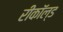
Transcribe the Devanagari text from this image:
रीकॉल्ड